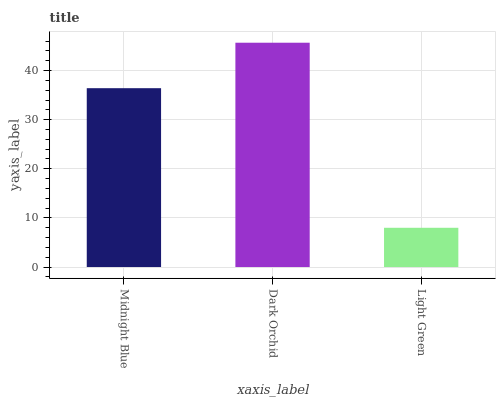
| xaxis_label | bars |
 | --- | --- |
 | Midnight Blue | 36.4 |
 | Dark Orchid | 45.7 |
 | Light Green | 7.99 |